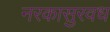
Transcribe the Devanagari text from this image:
नरकासुरवध